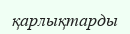
қарлықтарды